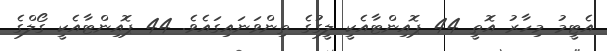
އެޓީމު މިހާރު އޮތީ 44 ޕޮއިންޓާއެކީ ލީގުގެ ތިންވަނައިގައެވެ. 44 ޕޮއިންޓާއެކީ ގޯލްގެ